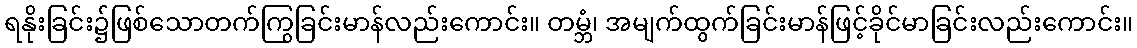
ရနိုးခြင်း၌ဖြစ်သောတက်ကြွခြင်းမာန်လည်းကောင်း။ တမ္ဘံ၊ အမျက်ထွက်ခြင်းမာန်ဖြင့်ခိုင်မာခြင်းလည်းကောင်း။